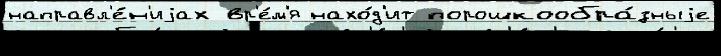
направл'е́н'иjах вр'е́м'я нахо́д'ит порошкообра́зныjе